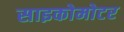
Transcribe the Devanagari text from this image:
साइकोमोटर